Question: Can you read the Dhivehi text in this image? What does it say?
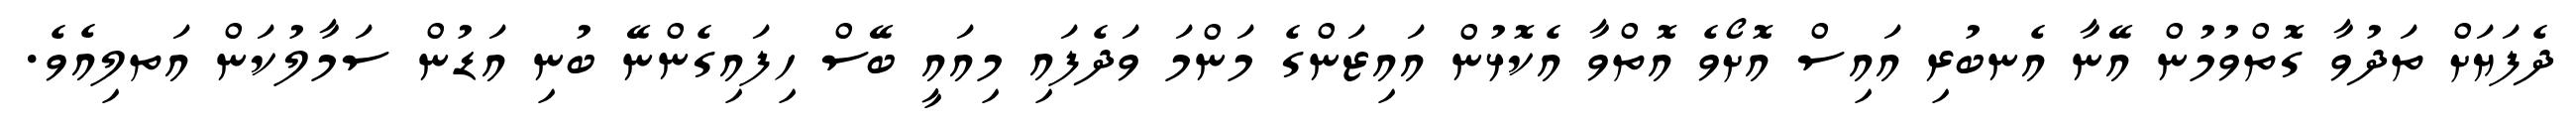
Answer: ދެފަޔަށް ތަދުވާ ގޮތްވުމުން އޭނާ އެނބުރި އައިސް އޮށޯވެ އޮތްވާ އެކޮޅުން އައިޒަންގެ މަންމަ ވަދެފައި މިއައީ ބޭސް ހިފައިގެންނޭ ބުނި އަޑުން ސަމާލުކަން އަތލިއެވެ.